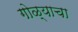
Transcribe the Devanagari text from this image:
गोळ्याचा